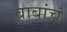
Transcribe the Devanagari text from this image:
बाबांचं